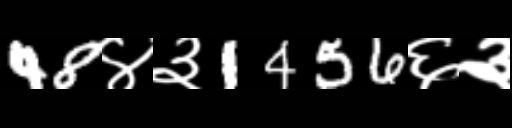
Text: 48४३1456६३